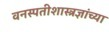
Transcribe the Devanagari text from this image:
वनस्पतीशास्त्रज्ञांच्या